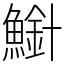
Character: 𫠍